Annual statistical returns and brief notes on vaccination in Bengal - 1909-1929
Year: 1909
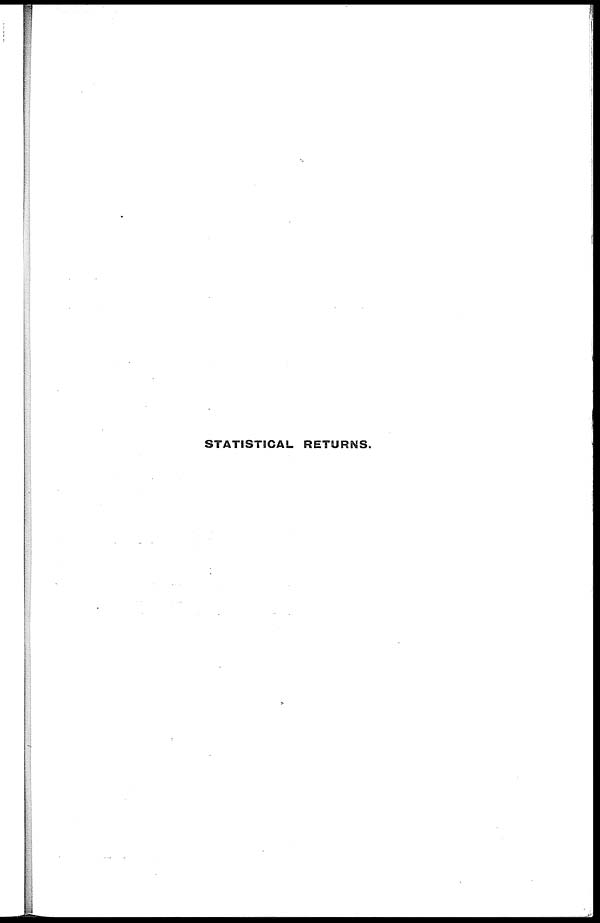
STATISTICAL RETURNS.